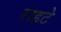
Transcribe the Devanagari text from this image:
राहटे